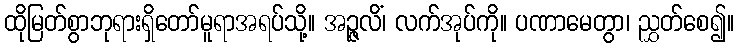
ထိုမြတ်စွာဘုရားရှိတော်မူရာအရပ်သို့။ အဉ္ဇလိံ၊ လက်အုပ်ကို။ ပဏာမေတွာ၊ ညွှတ်စေ၍။